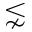
\lnsim